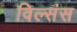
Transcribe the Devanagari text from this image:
विल्संस